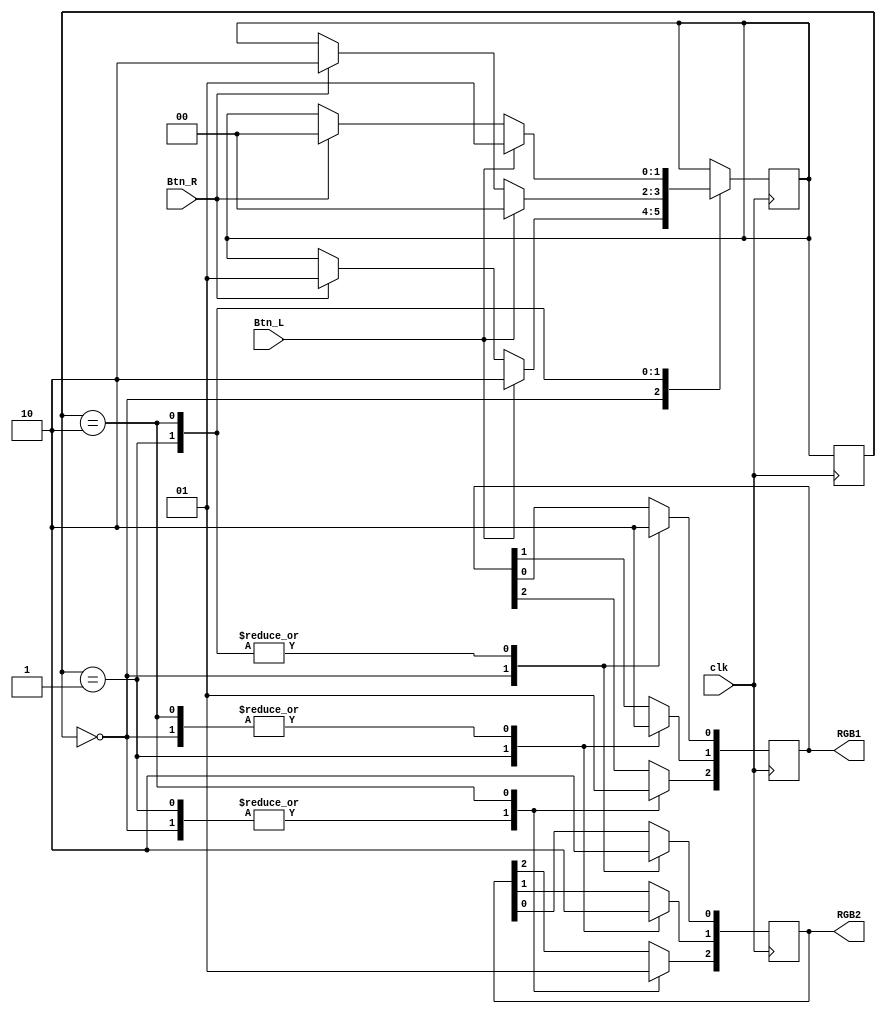
module RGB1_RGB2(
    input clk,
    input Btn_R,
    input Btn_L,
      
    output reg [2:0] RGB1 = 0,
    output reg [2:0] RGB2 = 0
    );
    
    
    reg [1:0]state = 0; 
    reg [1:0]nextState = 0;

    
    always @ (posedge clk)
    begin
        state <= nextState;
           
        case(state)
        0:  begin
                RGB1[0] <= 1;  
                RGB1[1] <= 0; 
                RGB1[2] <= 0; 
                RGB2[0] <= 1;
                RGB2[1] <= 0;
                RGB2[2] <= 0;
               
                if (Btn_R == 1) 
                nextState <= 1;
                if (Btn_L == 1)
                nextState <= 2;
            end
        1: begin
               RGB1[0] <= 0;  
               RGB1[1] <= 1; 
               RGB1[2] <= 0; 
               RGB2[0] <= 0;
               RGB2[1] <= 1;
               RGB2[2] <= 0;
               if (Btn_R == 1)
               nextState <= 2;
               if (Btn_L == 1)
               nextState <= 0;
           end
        2: begin
               RGB1[0] <= 0;  
               RGB1[1] <= 0; 
               RGB1[2] <= 1; 
               RGB2[0] <= 0;
               RGB2[1] <= 0; 
               RGB2[2] <= 1;  
               if (Btn_R == 1) 
               nextState <= 0;
               if (Btn_L == 1)
               nextState <= 1;
           end 
           endcase
     end   
endmodule